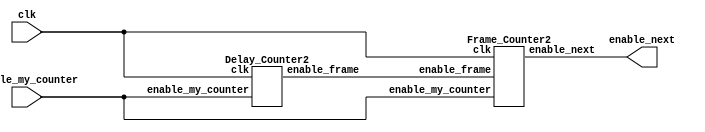

module counter_releaseNback_hook(input clk, input enable_my_counter, output enable_next);
		
		wire enable_frame;
		Delay_Counter2 d0(clk, enable_my_counter, enable_frame);
		Frame_Counter2 f0(clk, enable_my_counter, enable_frame, enable_next);
		
endmodule

module Delay_Counter2(input clk, input enable_my_counter, output reg enable_frame);
		reg [19:0] delay_counter = 20'b0;
		always @(posedge clk) begin
			if (enable_my_counter) begin
				if (delay_counter == 20'd250000/*20'd833334*/) begin  //11001011011100110110 8333334  //11001011011100110101 8333333
					delay_counter <= 20'b0;
					enable_frame <= 1;
				end
			
				else begin
					delay_counter <= delay_counter + 1'b1;
					enable_frame <= 0;
				end
			end
			
			else begin
				delay_counter <= 20'b0;
				enable_frame <= 0;
			end
			
		end
		
endmodule

module Frame_Counter2(input clk, input enable_my_counter, input enable_frame, output reg enable_next);
		reg [3:0] frame_counter = 4'b0;
		always @(posedge clk) begin
			if (enable_my_counter) begin
				if (frame_counter == 4'd1) begin
					enable_next <= 1;
					frame_counter <= 4'b0;
				end	
				
				else if (enable_frame) begin
					frame_counter <= frame_counter + 1'b1;
					enable_next <= 0;
				end
			end
			
			else begin
				frame_counter <= 4'b0;
				enable_next <= 0;
			end
			
		end
endmodule